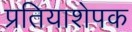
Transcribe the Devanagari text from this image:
प्रतियाशेपक